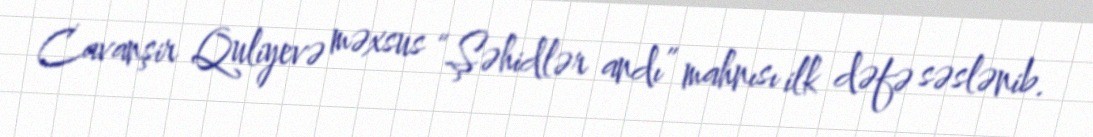
Cavanşir Quliyevə məxsus “Şəhidlər andı” mahnısı ilk dəfə səslənib.